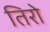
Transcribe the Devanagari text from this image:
तिरो